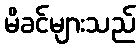
မိခင်များသည်